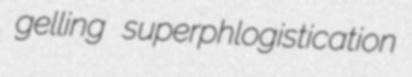
gelling superphlogistication